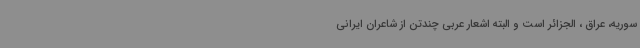
سوریه، عراق ، الجزائر است و البته اشعار عربی چندتن از شاعران ایرانی